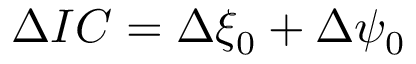
\Delta I C = \Delta \xi _ { 0 } + \Delta \psi _ { 0 }